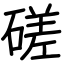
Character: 磋